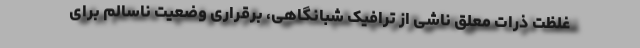
غلظت ذرات معلق ناشی از ترافیک شبانگاهی، برقراری وضعیت ناسالم برای